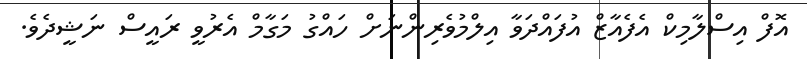
އޮފް އިސްލާމިކް އެފެއާޒް އުފައްދަވާ އިލްމުވެރިންނަށް ހައްގު މަގާމް އެރުވީ ރައީސް ނަޝީދެވެ.